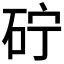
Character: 𮀓